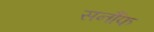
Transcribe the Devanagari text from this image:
सर्नौफ